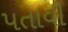
પતાવી